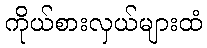
ကိုယ်စားလှယ်များထံ